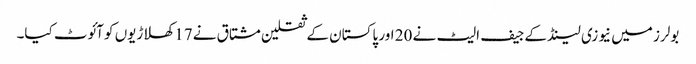
بولرز میں نیوزی لینڈ کے جیف الیٹ نے 20 اور پاکستان کے ثقلین مشتاق نے 17 کھلاڑیوں کو آئوٹ کیا۔